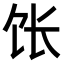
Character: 𫗠